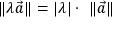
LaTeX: \| \lambda { \vec { a } } \| = | \lambda | \cdot \ \| { \vec { a } } \|